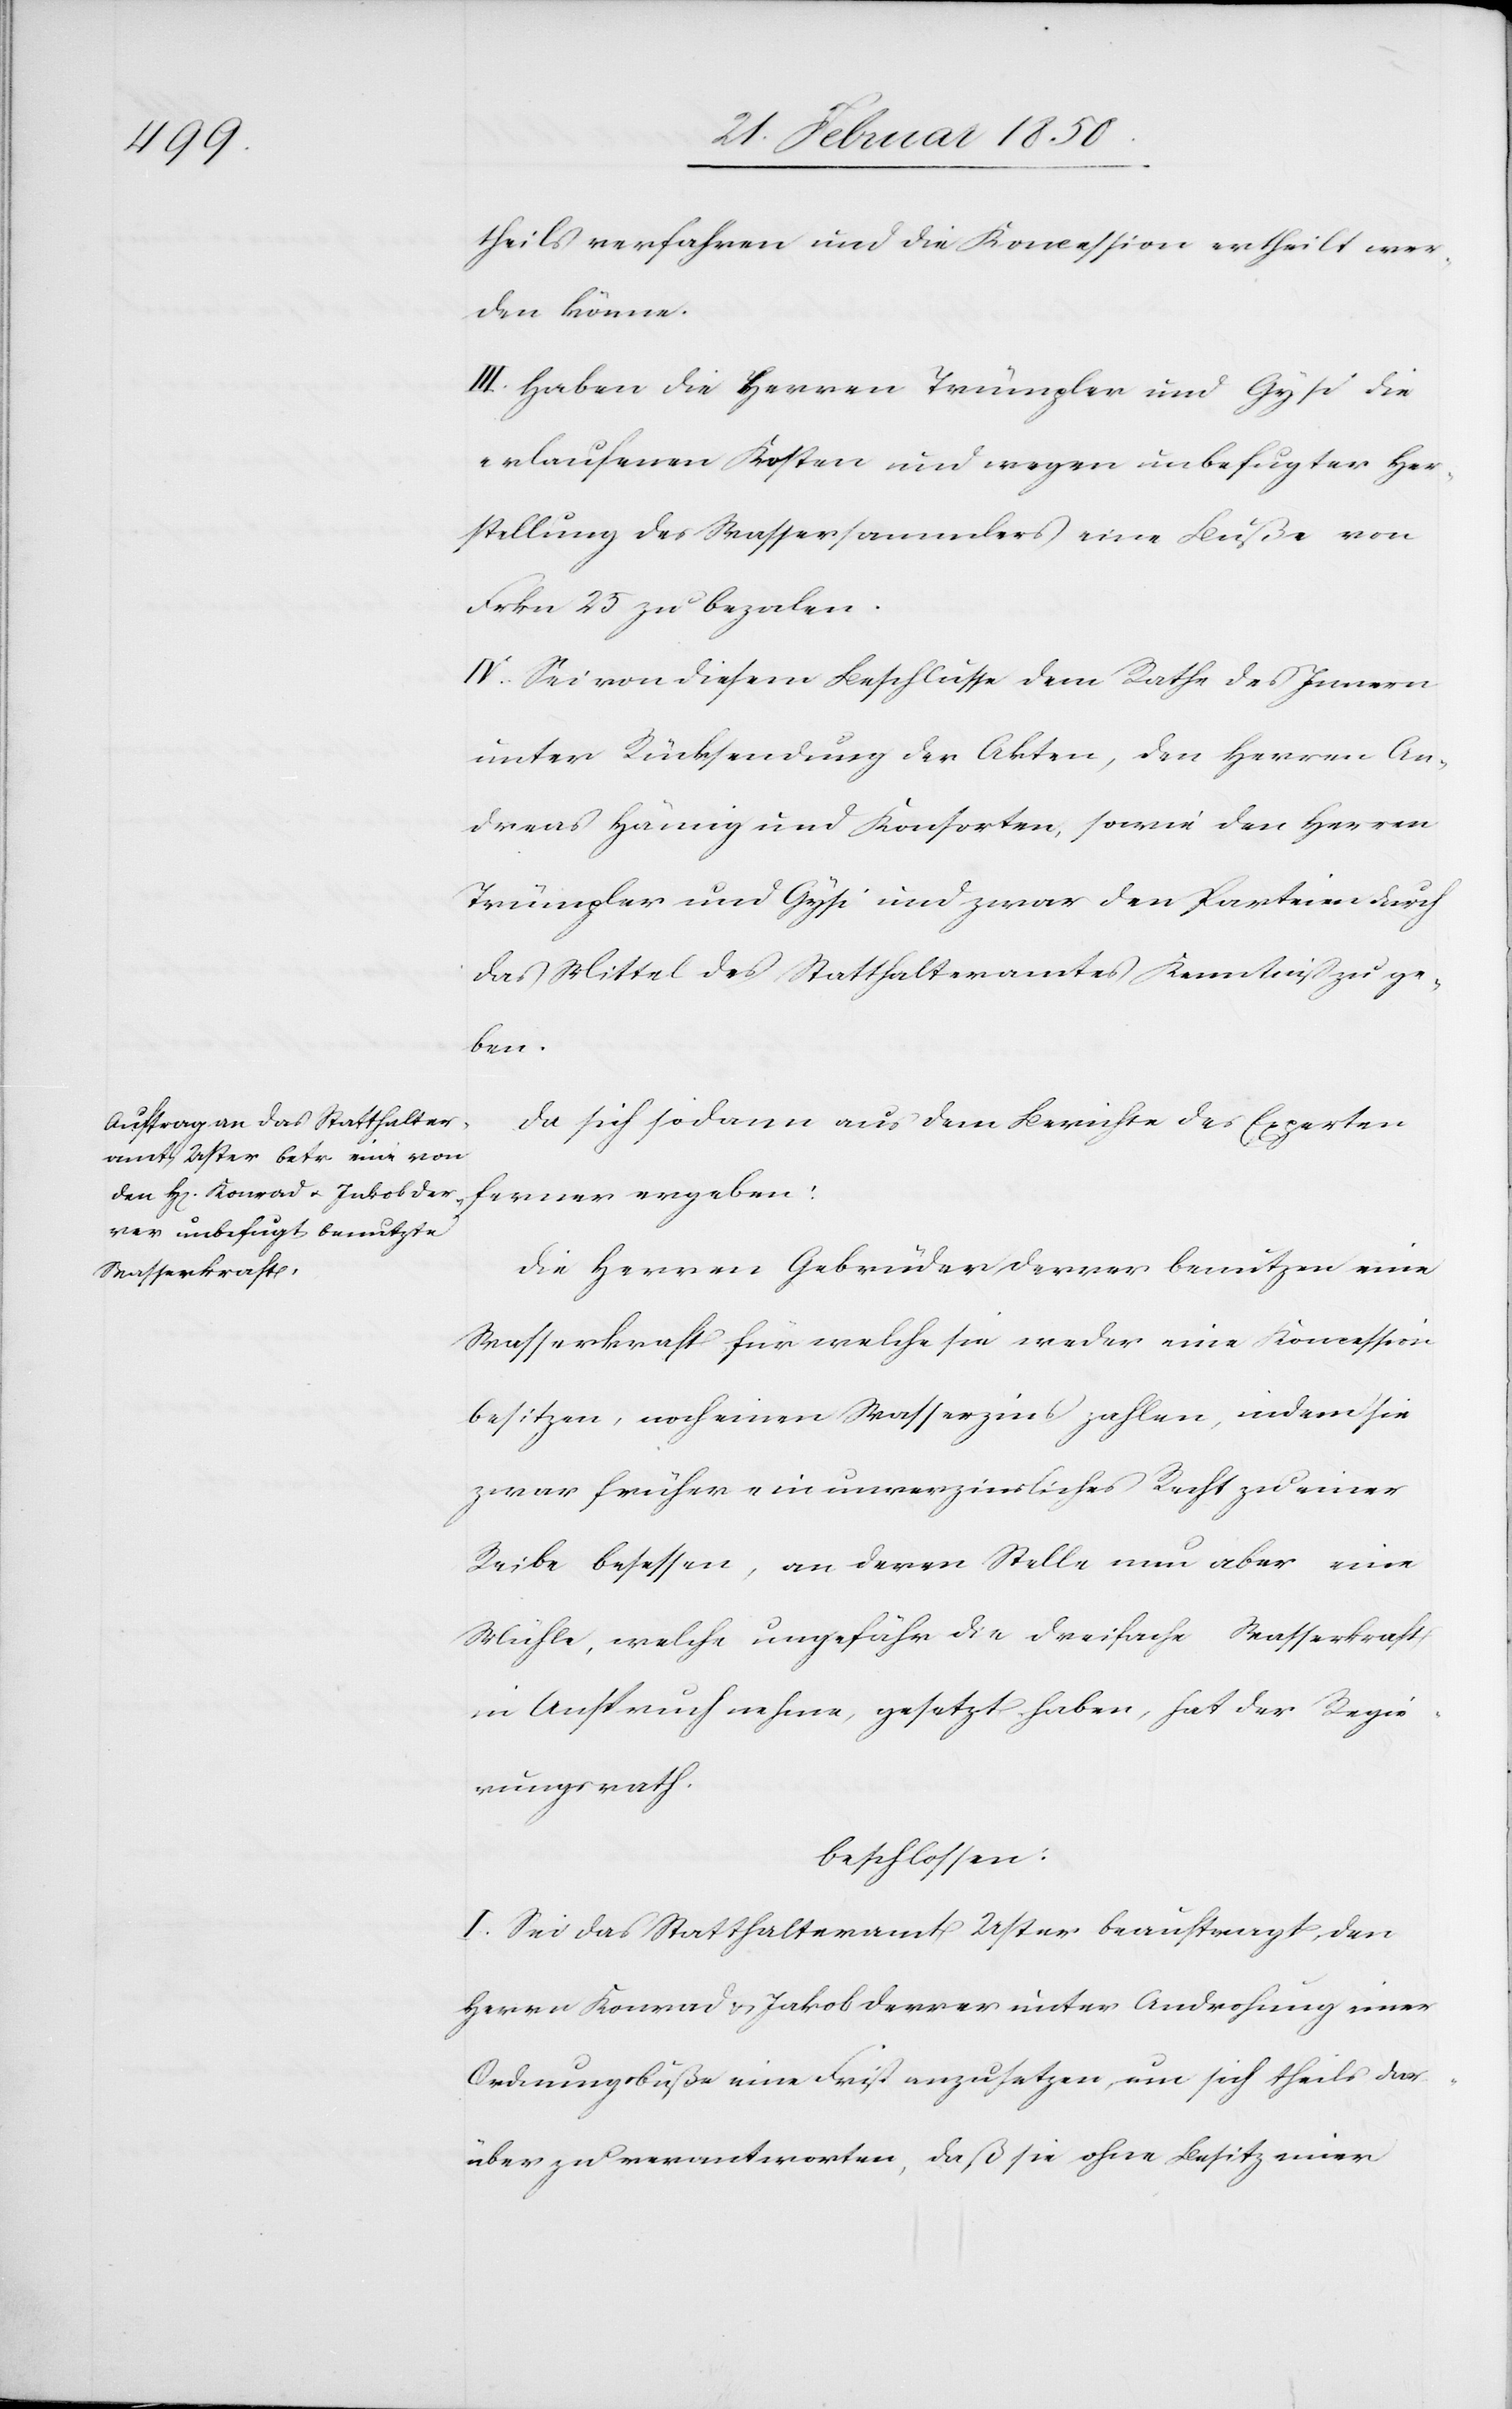
theils verfahren und die Koncession ertheilt wer¬
den könne.
III. Haben die Herren Trümpler und Gysi die
erlaufenen Kosten und wegen unbefugter Her¬
stellung des Wassersammlers eine Buße von
Frkn 25 zu bezalen.
IV. Sei von diesem Beschlusse dem Rathe des Innern
unter Rücksendung der Akten, den Herren An¬
dreas Hämig und Konsorten, sowie den Herren
Trümpler und Gysi und zwar den Parteien durch
das Mittel des Statthalteramtes Kenntniß zu ge¬
ben.
Da sich sodann aus dem Berichte der Experten
ferner ergeben:
Die Herren Gebrüder Derrer benutzen eine
Wasserkraft für welche sie weder eine Koncession
besitzen, noch einen Wasserzins zahlen, indem sie
zwar früher ein unverzinsliches Recht zu einer
Reibe besessen, an deren Stelle nun aber eine
Mühle, welche ungefähr die dreifache Wasserkraft
in Anspruch nehme, gesetzt haben, hat der Regie¬
rungsrath
beschlossen:
I. Sei das Statthalteramt Uster beauftragt, den
Herrn Konrad u. Jakob Derrer unter Androhung einer
Ordnungsbuße eine Frist anzusetzen, um sich theils dar¬
über zu verantworten, daß sie ohne Besitz einer